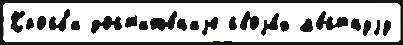
Кросб'и дост'иже́н'иjе своjи́х м'е́стнуjу